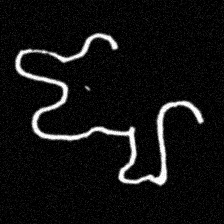
Pyu character \u2014 Myanmar letter: ဈ (romanized: jha)